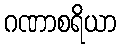
ဂဏာစရိယာ